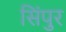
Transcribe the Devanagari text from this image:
सिंपुर